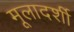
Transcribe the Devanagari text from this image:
मूलादर्शी